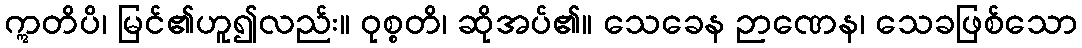
ဣတိပိ၊ မြင်၏ဟူ၍လည်း။ ဝုစ္စတိ၊ ဆိုအပ်၏။ သေခေန ဉာဏေန၊ သေခဖြစ်သော